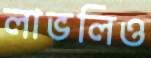
লাভলিও